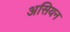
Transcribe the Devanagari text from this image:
असियन